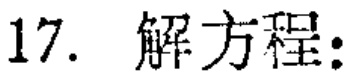
17. 解方程: